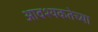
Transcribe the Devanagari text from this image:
आवश्यकतेच्या